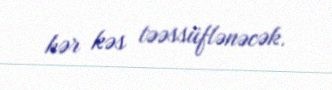
hər kəs təəssüflənəcək.